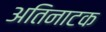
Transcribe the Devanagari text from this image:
अतिनाटक